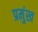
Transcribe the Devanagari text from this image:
प्रमुंख